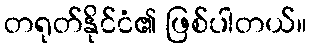
တရုတ်နိုင်ငံ၏ ဖြစ်ပါတယ်။